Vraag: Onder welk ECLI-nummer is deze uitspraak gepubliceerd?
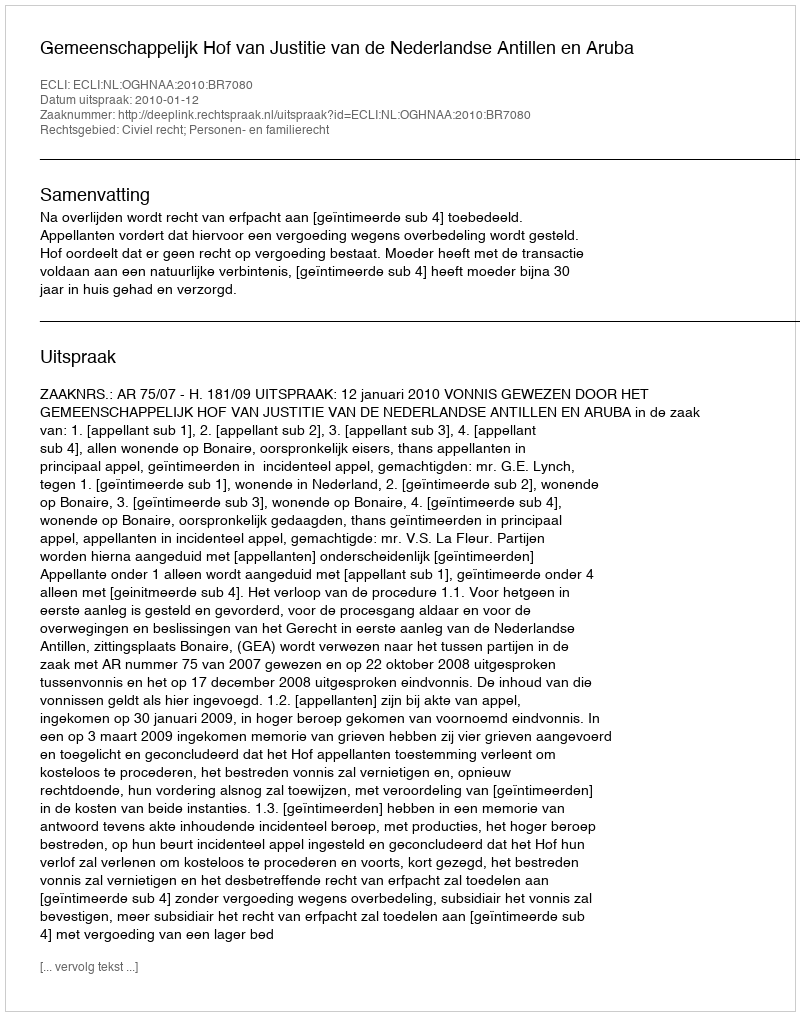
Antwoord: ECLI:NL:OGHNAA:2010:BR7080